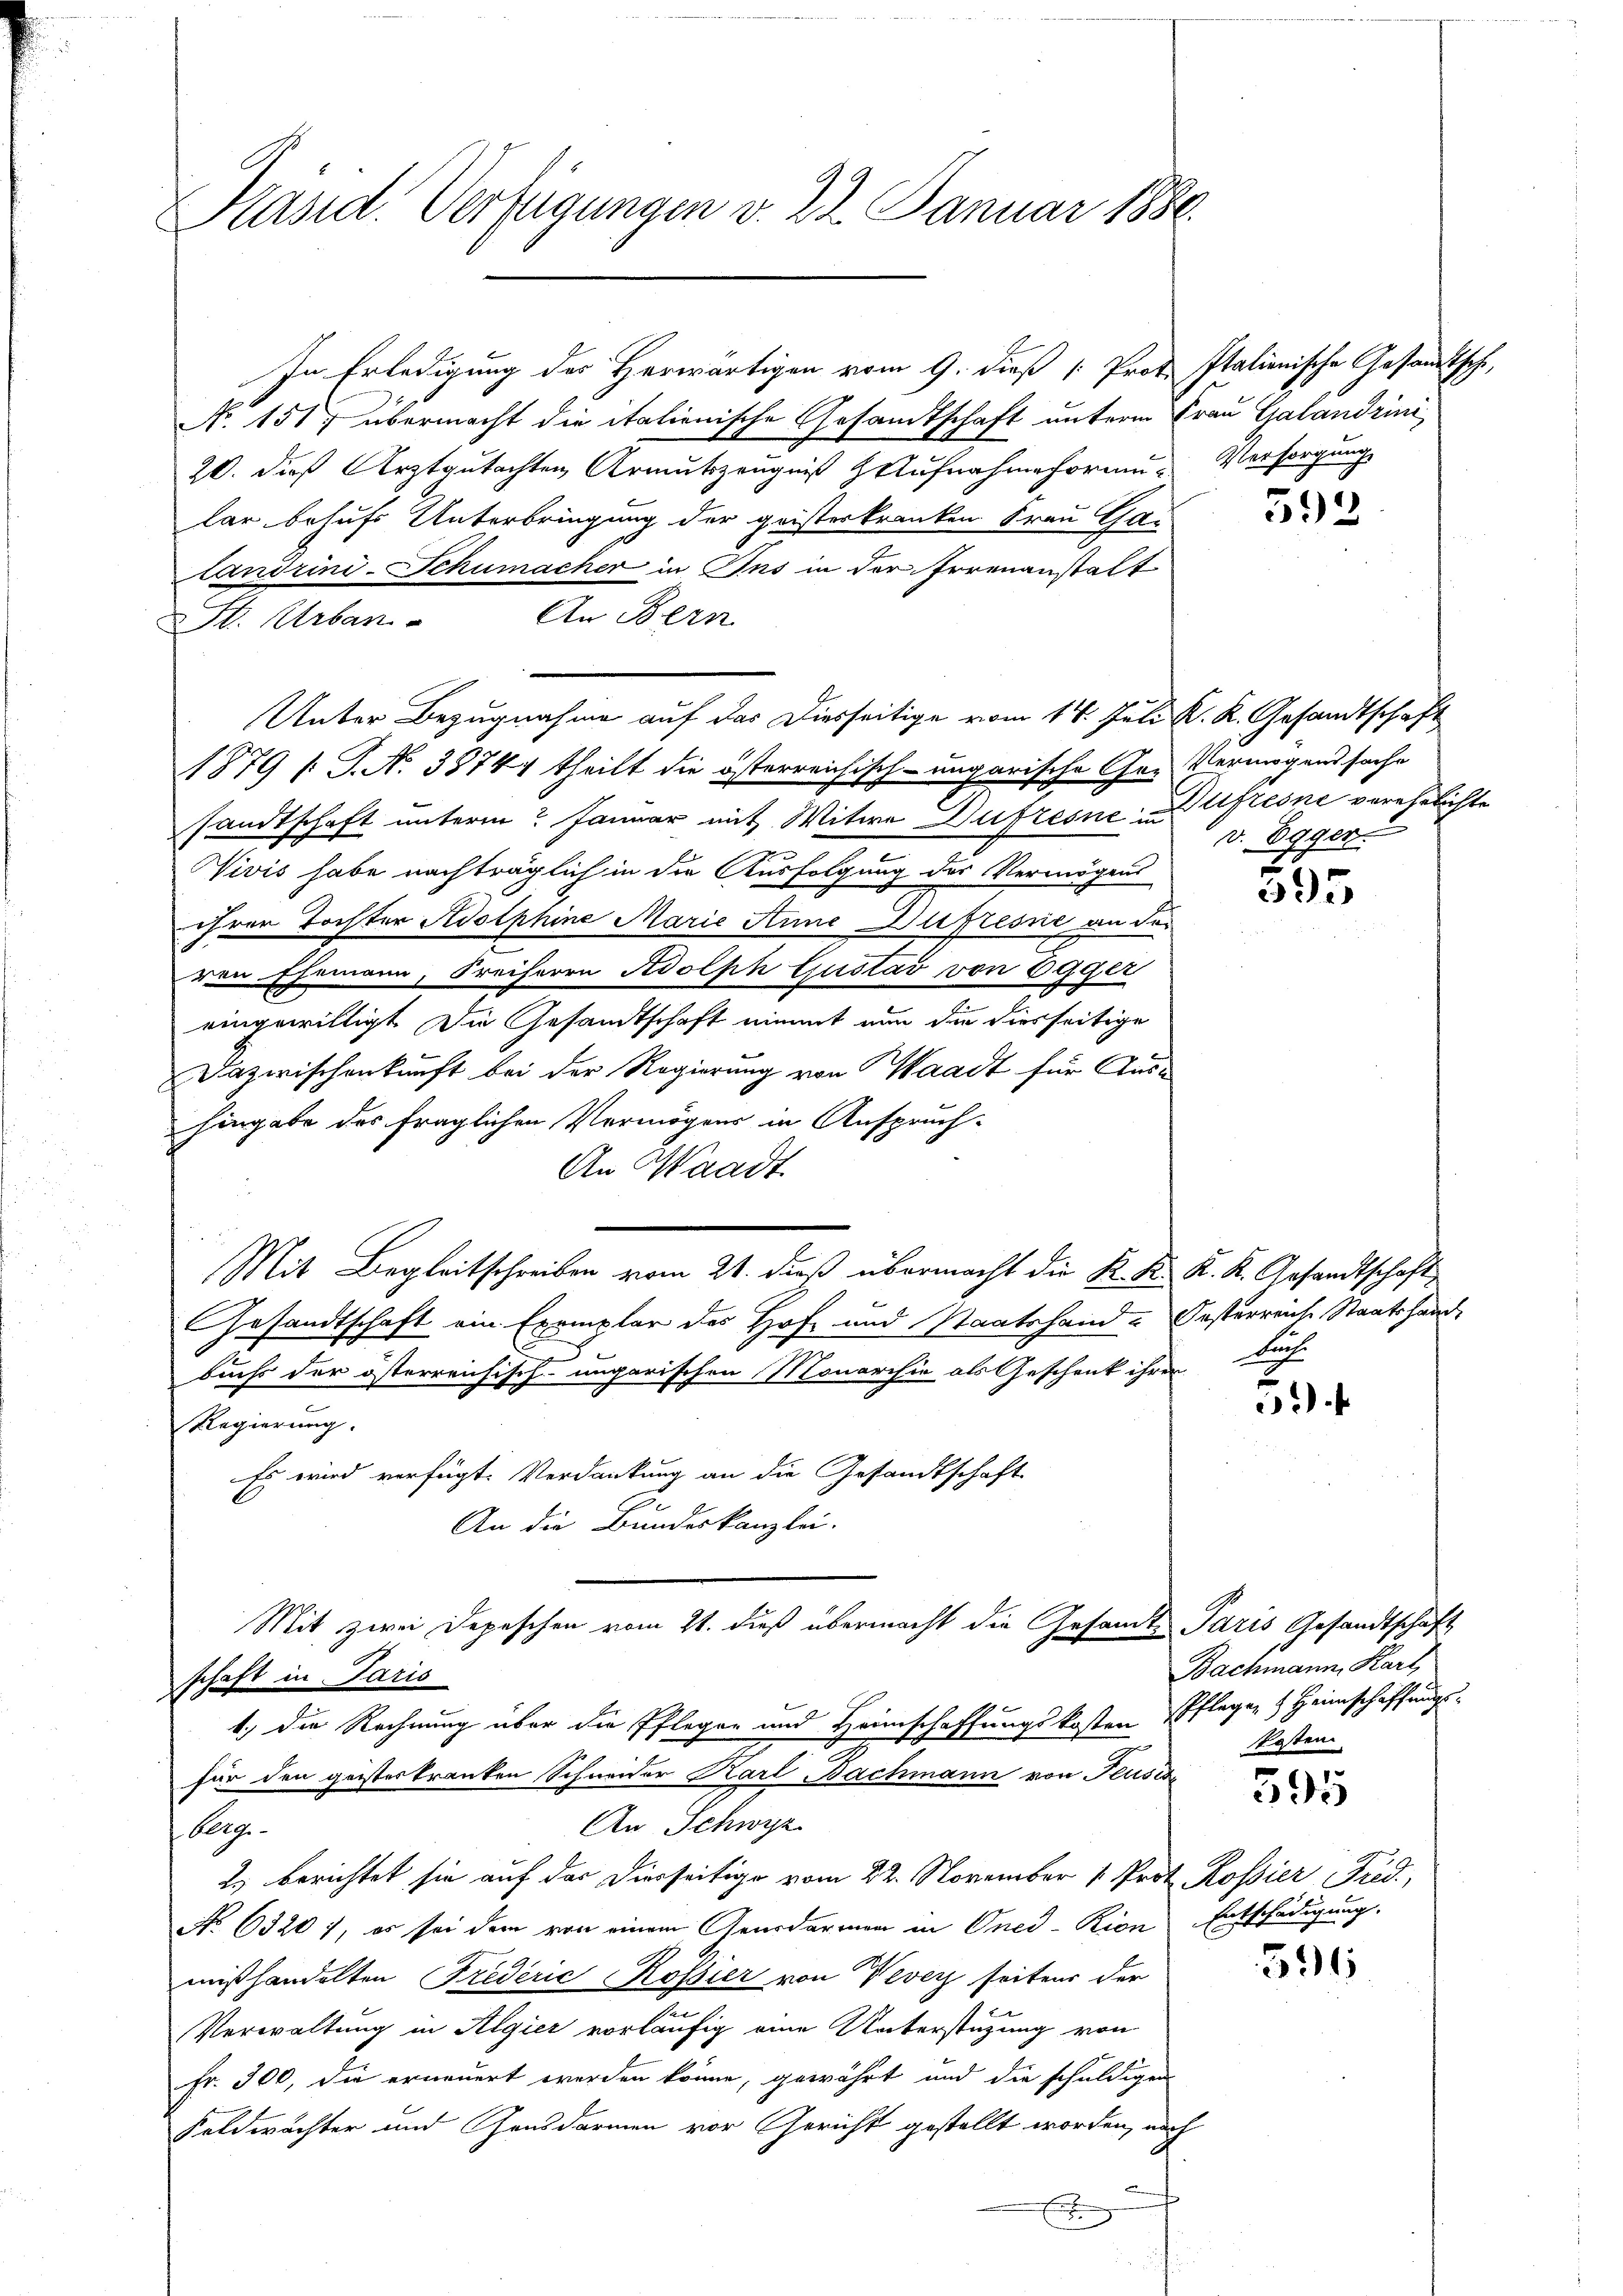
Präsid. Verfügungen v. 22. Januar 1880.

In Erledigung des Herwärtigen vom 9. dieß [ Prot. Italienische Gesandtsche,
N. 151) übermacht die italienische Gesandtschaft unterm Frau Galandrini
20. dieß Arztgutachten Armutszeugniß Aufnahmehorum Versorgung
lar behufs Unterbringung der geisteskranken Frau Ga-
Landrini-Schumacher in Ins in der Irrenanstalt
An Bern
St. Urban
Unter Bezugnahme auf das Diesseitige vom 14. Juli K. K. Gesandtschaft
1879 /: J. N. 38744 theilt die österreichisch-ungarische Ger Vermögenssache
sandtschaft unterm Januar mit Witwe Dufresnen Usterne verehelichte
e
Vivis habe nachträglich in die Ausfolgung des Vermögens
ihren Tochter Adolphine Marie Sime Duplisse an des
ven Ehemann, Freiherrn Adolph Gustav von Egger
eingewilligt. Die Gesandtschaft nimmt nun die diesseitige
Dazwischenkunft bei der Regierung von Waadt für Aushingabe des fraglichen Vermögens in Anspruch-
An Waadt
Mit Begleitschreiben vom 21. dieß übermacht die K. K. K. K. Gesandtschaft
Gesandtschaft ein Exemplar des Hof- und Staatshand-Oesterreiche Staatshand-
buchs der österreichisch-ungarischen Monarchia als Geschenk ihrer
Regierung.
Es wird verfügt: Verdankung an die Gesandtschaft
E.
An die Bundeskanzlei.

Mit zwei Depeschen vom 21. dieß übermacht die Gesamte Paris Gesandtschaft
schaft in Paris

1) die Rechnung über die Pflegen und Heimschaffungskosten Pflegen & Heimschaffungs-
für den geisteskranken Schneider Karl Bachmann von Feusis
An Schwyz
Rege
2.) berichtet sie auf der Dierseitige vom 22. November 1. Prot. Rossier Fred.
No 63207, es sei dem von einem Gendarmen in Oned-Kion Entschädigung.
mißhandelten Fredérić, Rossier von Veveyz seitens der
Verwaltung in Algier vorläufig eine Unterstützung von
Fr. 300, die erneuert werden könne, gewährt und die schuldigen
Feldwächter und Gensdarmen vor Gericht gestellt worden, noch
E

592

v. Egger.

595

S.

59f

Bachmann, Kart
kosten

595

391